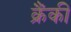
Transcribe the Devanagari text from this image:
क्रैंकी